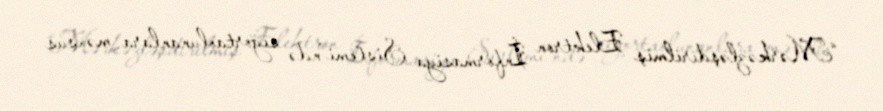
“Mərkəzləşdirilmiş Elektron İnformasiya Sistemi”ndə sığortaolunanlara məxsus